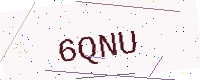
Text: 6QNU